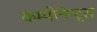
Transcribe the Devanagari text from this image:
कम्पोनेन्ट्स